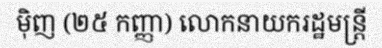
ម៉ិញ (២៥ កញ្ញា) លោកនាយករដ្ឋមន្ត្រី